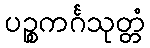
ပဉ္စကင်္ဂသုတ္တံ